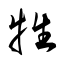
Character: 牲